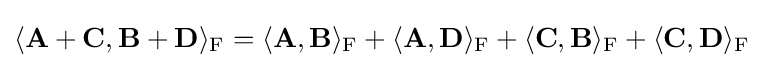
\langle \mathbf {A} +\mathbf {C} ,\mathbf {B} +\mathbf {D} \rangle _{\mathrm {F} }=\langle \mathbf {A} ,\mathbf {B} \rangle _{\mathrm {F} }+\langle \mathbf {A} ,\mathbf {D} \rangle _{\mathrm {F} }+\langle \mathbf {C} ,\mathbf {B} \rangle _{\mathrm {F} }+\langle \mathbf {C} ,\mathbf {D} \rangle _{\mathrm {F} }